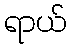
ရာယ်